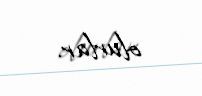
olurlar.